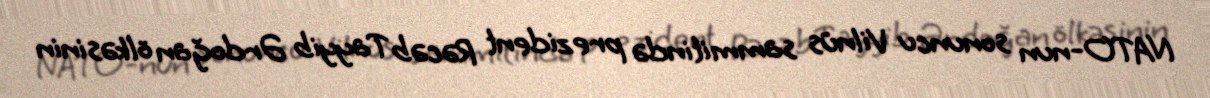
NATO-nun sonuncu Vilnüs sammitində prezident Rəcəb Tayyib Ərdoğan ölkəsinin